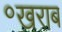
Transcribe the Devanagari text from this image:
॰खराब